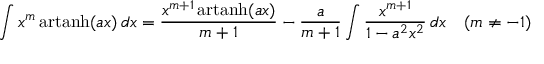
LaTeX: \int x ^ { m } \operatorname { a r t a n h } ( a x ) \, d x = { \frac { x ^ { m + 1 } \operatorname { a r t a n h } ( a x ) } { m + 1 } } - { \frac { a } { m + 1 } } \int { \frac { x ^ { m + 1 } } { 1 - a ^ { 2 } x ^ { 2 } } } \, d x \quad ( m \neq - 1 )